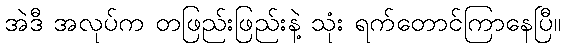
အဲဒီ အလုပ်က တဖြည်းဖြည်းနဲ့ သုံး ရက်တောင်ကြာနေပြီ။